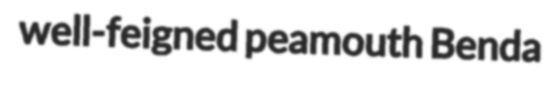
well-feigned peamouth Benda